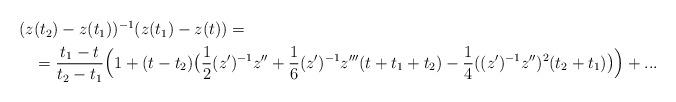
LaTeX: \begin{align*}\begin{aligned}(z&(t_2)-z(t_1))^{-1}(z(t_1)-z(t))=\\ &=\frac{t_1-t}{t_2-t_1}\Bigl(1+(t-t_2)\bigl(\frac12(z')^{-1}z''+\frac16(z')^{-1}z'''(t+t_1+t_2)-\frac14((z')^{-1}z'')^2(t_2+t_1)\bigr)\Bigr)+...\end{aligned}\end{align*}